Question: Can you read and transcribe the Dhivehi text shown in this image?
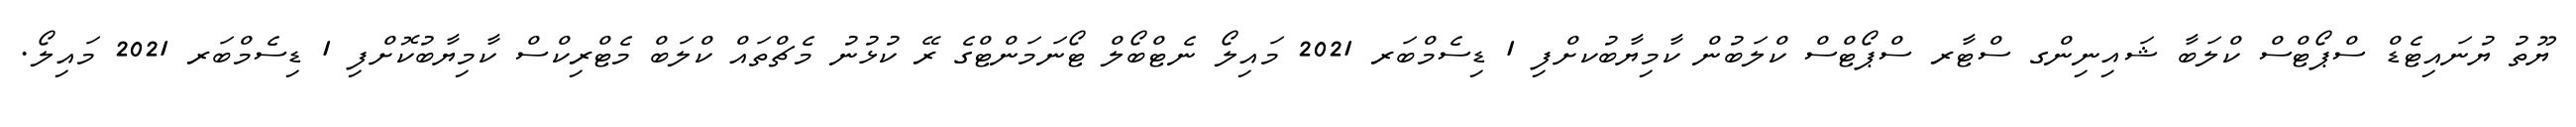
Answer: ޔޫތު ޔުނައިޓެޑް ސްޕޯޓްސް ކްލަބާ ޝައިނިންގ ސްޓާރ ސްޕޯޓްސް ކްލަބުން ކާމިޔާބުކށްފި 1 ޑިސެމްބަރ 2021 މައިލޯ ނެޓްބޯލް ޓޯނަމަންޓްގެ ރޭ ކުޅުނު މެޗްތައް ކްލަބް މެޓްރިކްސް ކާމިޔާބުކޮށްފި 1 ޑިސެމްބަރ 2021 މައިލޯ.